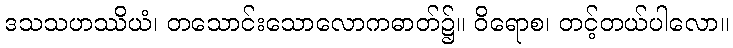
ဒသသဟဿိယံ၊ တသောင်းသောလောကဓာတ်၌။ ဝိရောစ၊ တင့်တယ်ပါလော။